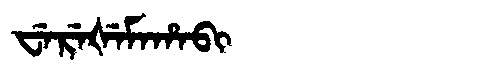
Manchu: ᠸᡝᡵᡝᡧᡝᠮᠠᡥᠠᠪᡳ
Romanization: WEREŠEMAHABI